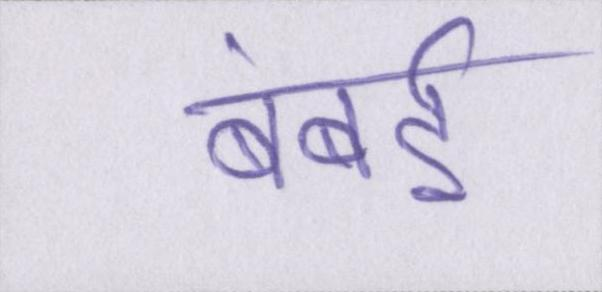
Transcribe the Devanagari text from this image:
बंबई